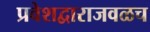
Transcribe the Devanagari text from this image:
प्रवेशद्वाराजवळच